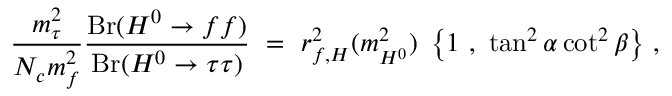
{ \frac { m _ { \tau } ^ { 2 } } { N _ { c } m _ { f } ^ { 2 } } } { \frac { \mathrm { B r } ( H ^ { 0 } \to f f ) } { \mathrm { B r } ( H ^ { 0 } \to \tau \tau ) } } \ = \ r _ { f , H } ^ { 2 } ( m _ { H ^ { 0 } } ^ { 2 } ) ~ \left\{ 1 ~ , ~ \tan ^ { 2 } \alpha \cot ^ { 2 } \beta \right\} \, ,